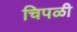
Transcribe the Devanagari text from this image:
चिपळी